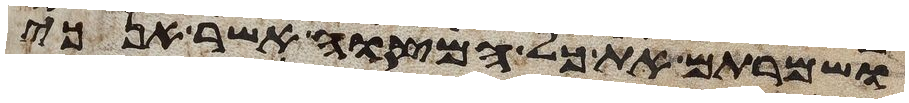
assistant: ושמרתם את כל המצוה אשר אנכי